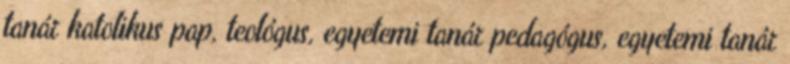
tanár katolikus pap, teológus, egyetemi tanár pedagógus, egyetemi tanár